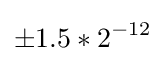
\pm 1.5*2^{-12}